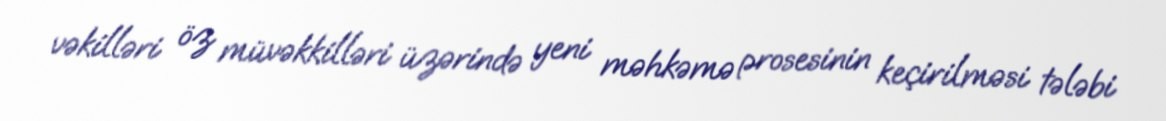
vəkilləri öz müvəkkilləri üzərində yeni məhkəmə prosesinin keçirilməsi tələbi